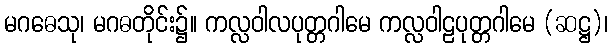
မဂဓေသု၊ မဂဓတိုင်း၌။ ကလ္လဝါလပုတ္တဂါမေ ကလ္လဝါဠပုတ္တဂါမေ (ဆဋ္ဌ)၊